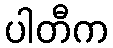
ပါတီက